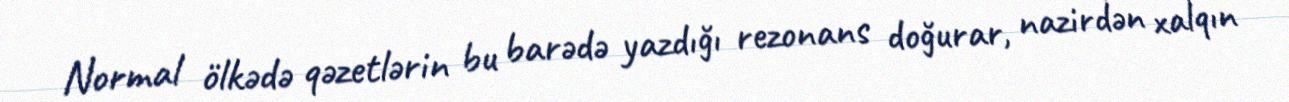
Normal ölkədə qəzetlərin bu barədə yazdığı rezonans doğurar, nazirdən xalqın